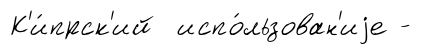
К'и́прск'ий испо́льзован'иjе -